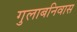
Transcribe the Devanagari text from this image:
गुलाबनिवास